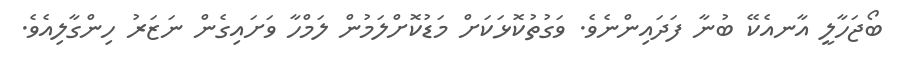
ބޯޖަހާލީ އާނއެކޭ ބުނާ ފަދައިންނެވެ. ވަގުތުކޮޅަކަށް މަޑުކޮށްލަމުން ލަމްހާ ވަށައިގެން ނަޒަރު ހިންގާލިއެވެ.